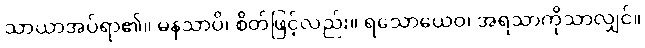
သာယာအပ်ရာ၏။ မနသာပိ၊ စိတ်ဖြင့်လည်း။ ရသောယေဝ၊ အရသာကိုသာလျှင်။